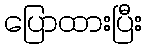
ပြောထားပြီး